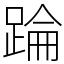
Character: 踚